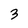
Character: 3